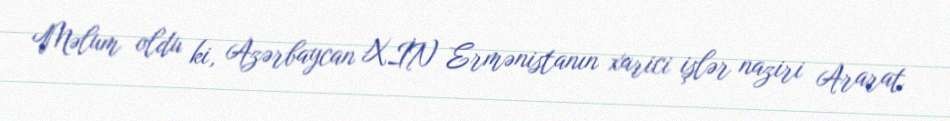
Məlum oldu ki, Azərbaycan XİN Ermənistanın xarici işlər naziri Ararat